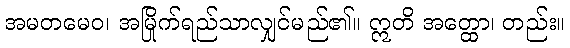
အမတမေဝ၊ အမြိုက်ရည်သာလျှင်မည်၏။ ဣတိ အတ္ထော၊ တည်း။